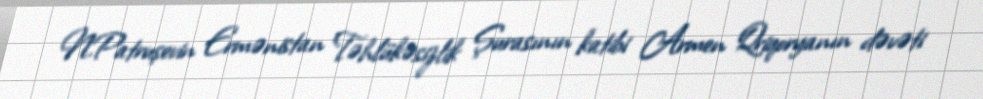
N.Patruşevin Ermənistan Təhlükəsizlik Şurasının katibi Armen Qriqoryanın dəvəti